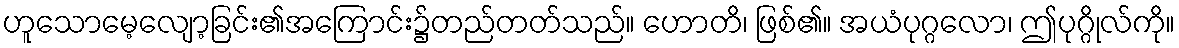
ဟူသောမေ့လျော့ခြင်း၏အကြောင်း၌တည်တတ်သည်။ ဟောတိ၊ ဖြစ်၏။ အယံပုဂ္ဂလော၊ ဤပုဂ္ဂိုလ်ကို။